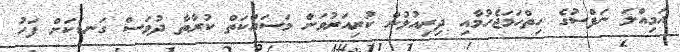
އަމިއްލަ ނަފްސުގެ ހިިތްހަމަޖެހުމާއި ދިރިއުޅުން ކުރިއަރުވަން މަސައްކަތް ކުރާތާ ދުވަސް ގަނޑަކަށް ފަހު